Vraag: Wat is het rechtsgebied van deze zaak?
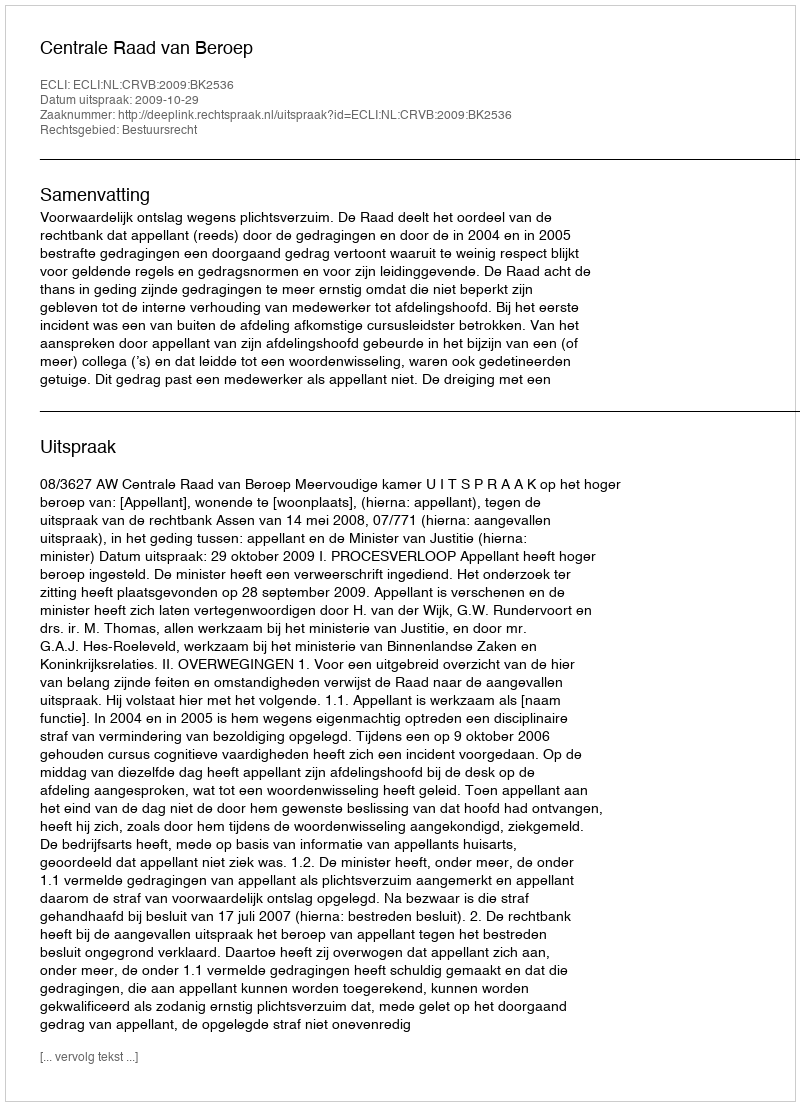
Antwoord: Bestuursrecht